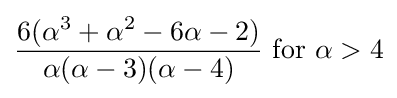
{\frac {6(\alpha ^{3}+\alpha ^{2}-6\alpha -2)}{\alpha (\alpha -3)(\alpha -4)}}{\text{ for }}\alpha >4